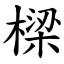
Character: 樑